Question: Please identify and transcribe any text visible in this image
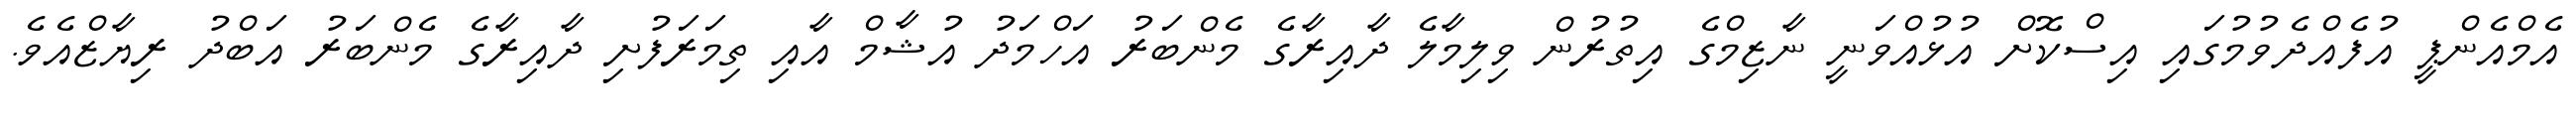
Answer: އެމްއެންޕީ އުފެއްދެވުމުގައި އިސްކޮށް އުޅުއްވަނީ ނާޒިމްގެ އިތުރުން ވިލިމާލެ ދާއިރާގެ މެންބަރު އަހްމަދު އުޝާމް އާއި ތިމަރަފުށި ދާއިރާގެ މެންބަރު އަބްދު ރިޔާޒްއެވެ.